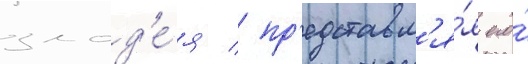
злод'е́я / пр'едставл'я́я его́